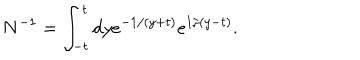
LaTeX: N ^ { - 1 } = \int _ { - t } ^ { t } d y e ^ { - 1 / ( y + t ) } e ^ { 1 / ( y - t ) } .